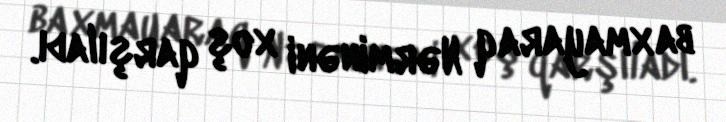
baxmayaraq Nərminəni xoş qarşıladı.